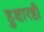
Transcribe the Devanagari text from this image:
हुशारही